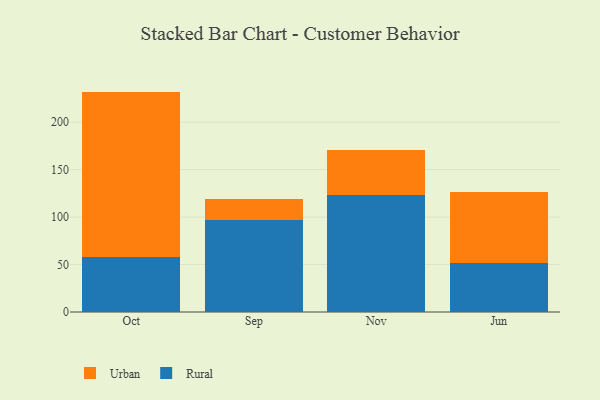
{"axis": {"x": "Month", "y": "Conversion Rate (%)"}, "legend": ["Rural", "Urban"], "data": [{"x": "Oct", "y": 57.9, "type": "Rural"}, {"x": "Oct", "y": 174.4, "type": "Urban"}, {"x": "Sep", "y": 97.0, "type": "Rural"}, {"x": "Sep", "y": 22.5, "type": "Urban"}, {"x": "Nov", "y": 123.0, "type": "Rural"}, {"x": "Nov", "y": 47.3, "type": "Urban"}, {"x": "Jun", "y": 51.8, "type": "Rural"}, {"x": "Jun", "y": 74.9, "type": "Urban"}]}